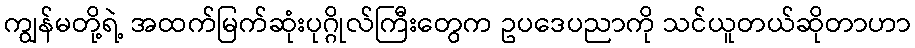
ကျွန်မတို့ရဲ့ အထက်မြက်ဆုံးပုဂ္ဂိုလ်ကြီးတွေက ဥပဒေပညာကို သင်ယူတယ်ဆိုတာဟာ